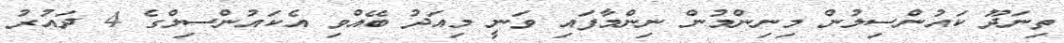
ތިނަދޫ ކައުންސިލުން މިނިންމުން ނިންމާފައި ވަނީ މިއަދު ބޭއްވި އެކައުންސިލްގެ 4 ދައުރު